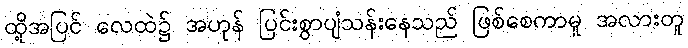
ထို့အပြင် လေထဲ၌ အဟုန် ပြင်းစွာပျံသန်းနေသည် ဖြစ်စေကာမူ အလားတူ